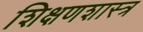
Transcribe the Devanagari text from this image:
शिक्षणशास्‍त्र